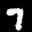
Label: 7